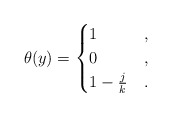
\begin{align*}\theta(y)= \begin{cases}1 &,\\0 &,\\1-\frac{j}{k} & .\end{cases}\end{align*}